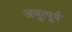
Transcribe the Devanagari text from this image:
अभूत्पूर्व